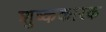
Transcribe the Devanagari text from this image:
शुष्ककारक